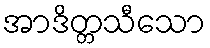
အာဒိတ္တသီသော